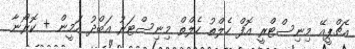
އެޗްޕީއޭ މިނިސްޓްރީ އޮފް ހެލްތު ހެލްތް މިނިސްޓަރު އަބްދު އަމީން + ކޮރޯނާ